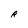
Character: R